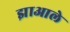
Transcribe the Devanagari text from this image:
झाआले